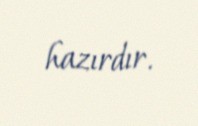
hazırdır.